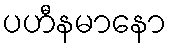
ပဟီနမာနော